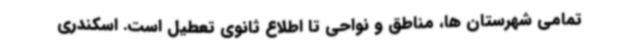
تمامی شهرستان ها، مناطق و نواحی تا اطلاع ثانوی تعطیل است. اسکندری